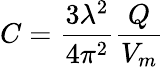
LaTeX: C=\frac{3\lambda^{2}}{4\pi^{2}}\frac{Q}{V_{m}}